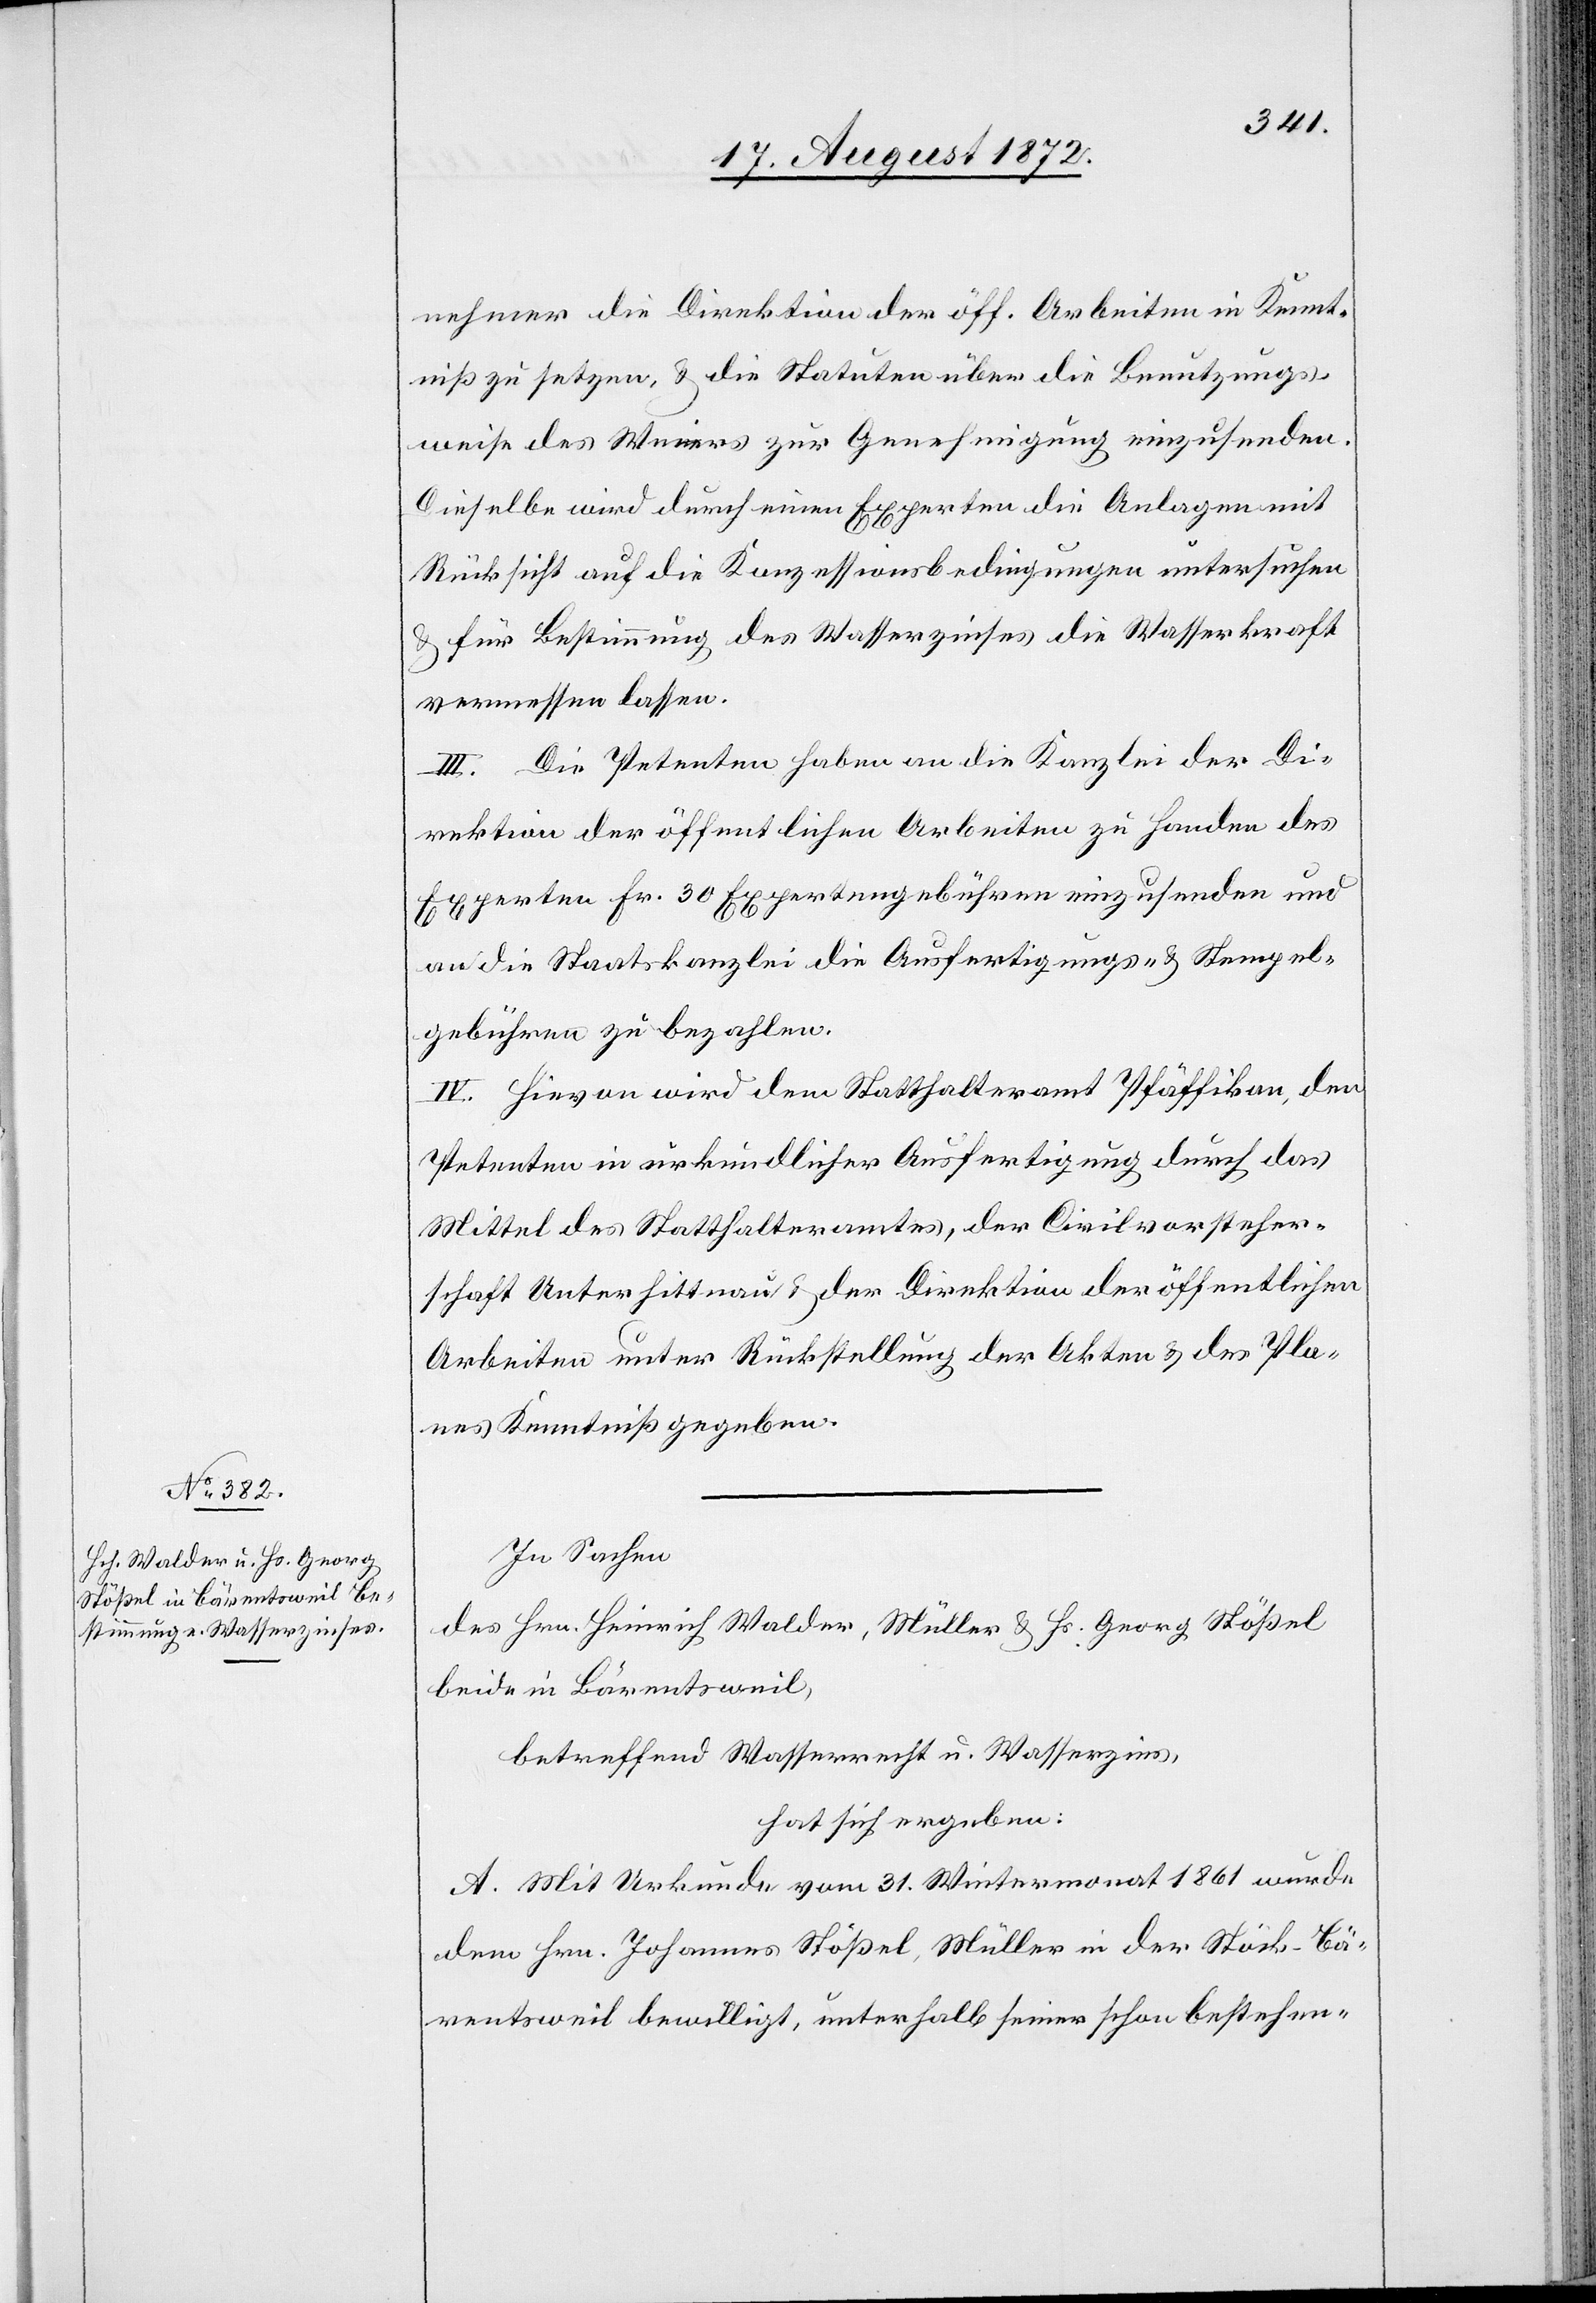
nehmer die Direktion der öff. Arbeiten in Kennt¬
niß zu setzen, u. die Statuten über die Benutzungs¬
weise des Weiers zur Genehmigung einzusenden.
Dieselbe wird durch einen Experten die Anlagen mit
Rücksicht auf die Konzessionsbedingungen untersuchen
u. für Bestimmung des Wasserzinses die Wasserkraft
vermessen lassen.
III. Die Petenten haben an die Kanzlei der Di¬
rektion der öffentlichen Arbeiten zu Handen des
Experten Fr. 30 Expertengebühren einzusenden und
an die Staatskanzlei die Ausfertigungs- u. Stempel¬
gebühren zu bezahlen.
IV. Hievon wird dem Statthalteramt Pfäffikon, den
Petenten in urkundlicher Ausfertigung durch das
Mittel des Statthalteramtes, der Civilvorsteher¬
schaft Unterhittnau u. der Direktion der öffentlichen
Arbeiten unter Rückstellung der Akten u. des Pla¬
nes Kenntniß gegeben.
In Sachen
des Hrn. Heinrich Walder, Müller u. Hs. Georg Stößel
beide in Bärentsweil,
betreffend Wasserrecht u. Wasserzins,
hat sich ergeben:
A. Mit Urkunde vom 31. Wintermonat 1861 wurde
dem Hrn. Johannes Stößel, Müller in der Stöck-Bä¬
rentsweil bewilligt, unterhalb seiner schon bestehen-